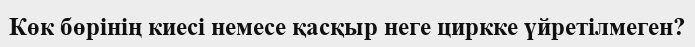
Көк бөрінің киесі немесе қасқыр неге циркке үйретілмеген?